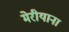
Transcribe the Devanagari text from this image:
मेरीयाना